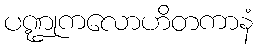
ပဏ္ဍုကလောဟိတကာနံ